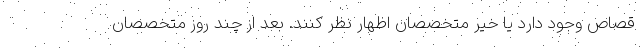
قصاص وجود دارد یا خیر متخصصان اظهار نظر کنند. بعد از چند روز متخصصان